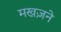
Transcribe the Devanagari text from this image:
मखज़ने